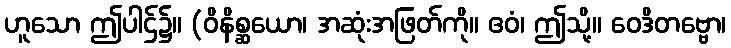
ဟူသော ဤပါဌ်၌။ (ဝိနိစ္ဆယော၊ အဆုံးအဖြတ်ကို။ ဧဝံ၊ ဤသို့။ ဝေဒိတဗ္ဗော၊